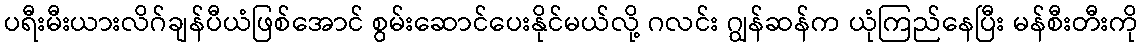
ပရီးမီးယားလိဂ်ချန်ပီယံဖြစ်အောင် စွမ်းဆောင်ပေးနိုင်မယ်လို့ ဂလင်း ဂျွန်ဆန်က ယုံကြည်နေပြီး မန်စီးတီးကို